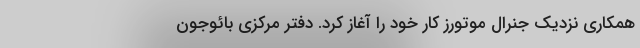
همکاری نزدیک جنرال موتورز کار خود را آغاز کرد. دفتر مرکزی بائوجون